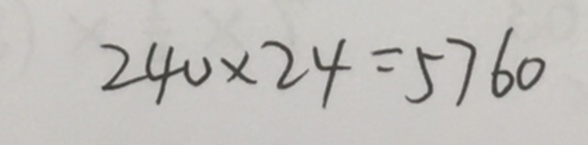
2 4 0 \times 2 4 = 5 7 6 0